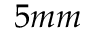
5 m m